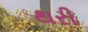
થરી